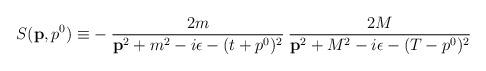
LaTeX: \begin{align*}S({\bf p},p^0)\equiv -\:\frac {2m}{{\bf p}^2+m^2-i\epsilon -(t+p^0)^2}\:\frac {2M}{{\bf p}^2+M^2-i\epsilon -(T-p^0)^2}\end{align*}